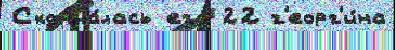
Сконча́лась его́ 22 г'еорг'и́на